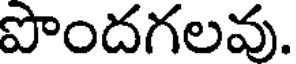
పొందగలవు.